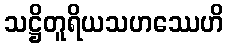
သဋ္ဌိတူရိယသဟဿေဟိ